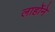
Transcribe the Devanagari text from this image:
लार्होने